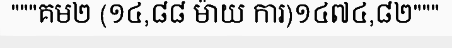
"""គម២ (១៤,៨៨ ម៉ាយ ការ)១៤៧៤,៨២"""